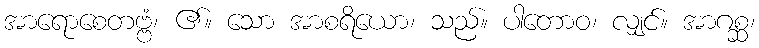
အာရောစေတဗ္ဗံ၊ ၏။ သော အာစရိယော၊ သည်။ ပါတောဝ၊ လျှင်။ အာဂစ္ဆ၊